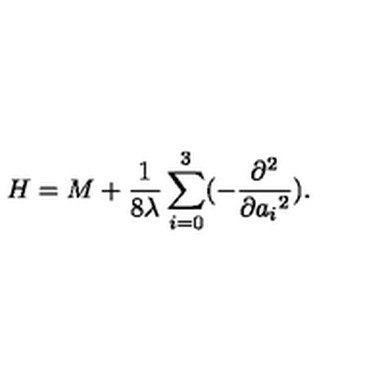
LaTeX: H = M + { \frac { 1 } { 8 \lambda } } \sum _ { i = 0 } ^ { 3 } ( - { \frac { \partial ^ { 2 } } { \partial { a _ { i } } ^ { 2 } } } ) .